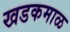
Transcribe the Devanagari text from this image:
खडकमाळ